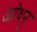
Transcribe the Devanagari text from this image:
जोधनु